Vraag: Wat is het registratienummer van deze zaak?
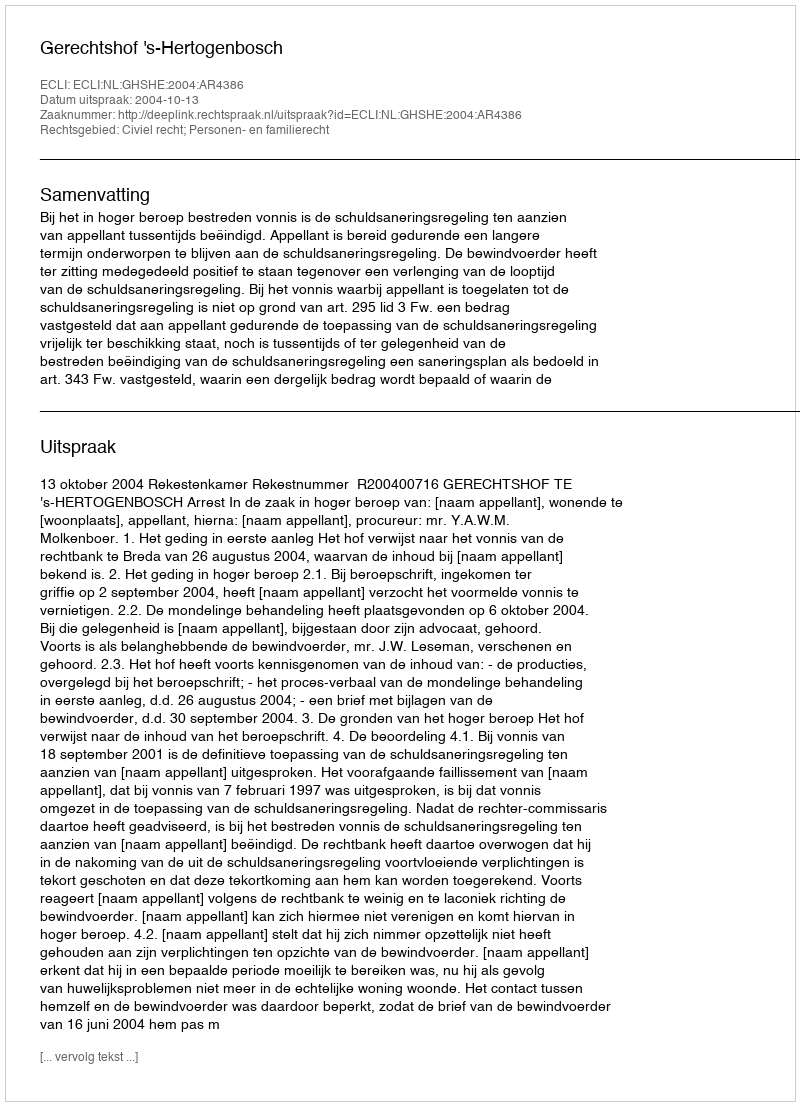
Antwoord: http://deeplink.rechtspraak.nl/uitspraak?id=ECLI:NL:GHSHE:2004:AR4386